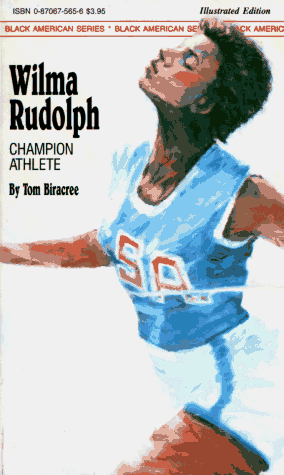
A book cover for Wilma Rudolph (Black American Series); Tom Biracee; Teen & Young Adult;